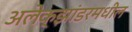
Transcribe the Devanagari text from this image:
अलेक्झांडरमधील